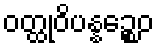
ဝတ္ထုဝိပန္နဉ္စေဝ